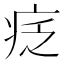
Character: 疺